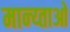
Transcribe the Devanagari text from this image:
मान्य्ताओ